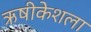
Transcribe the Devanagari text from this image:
ऋषीकेशला